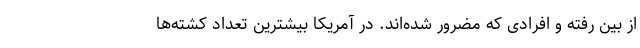
از بین رفته و افرادی که مضرور شده‌اند. در آمریکا بیشترین تعداد کشته‌ها